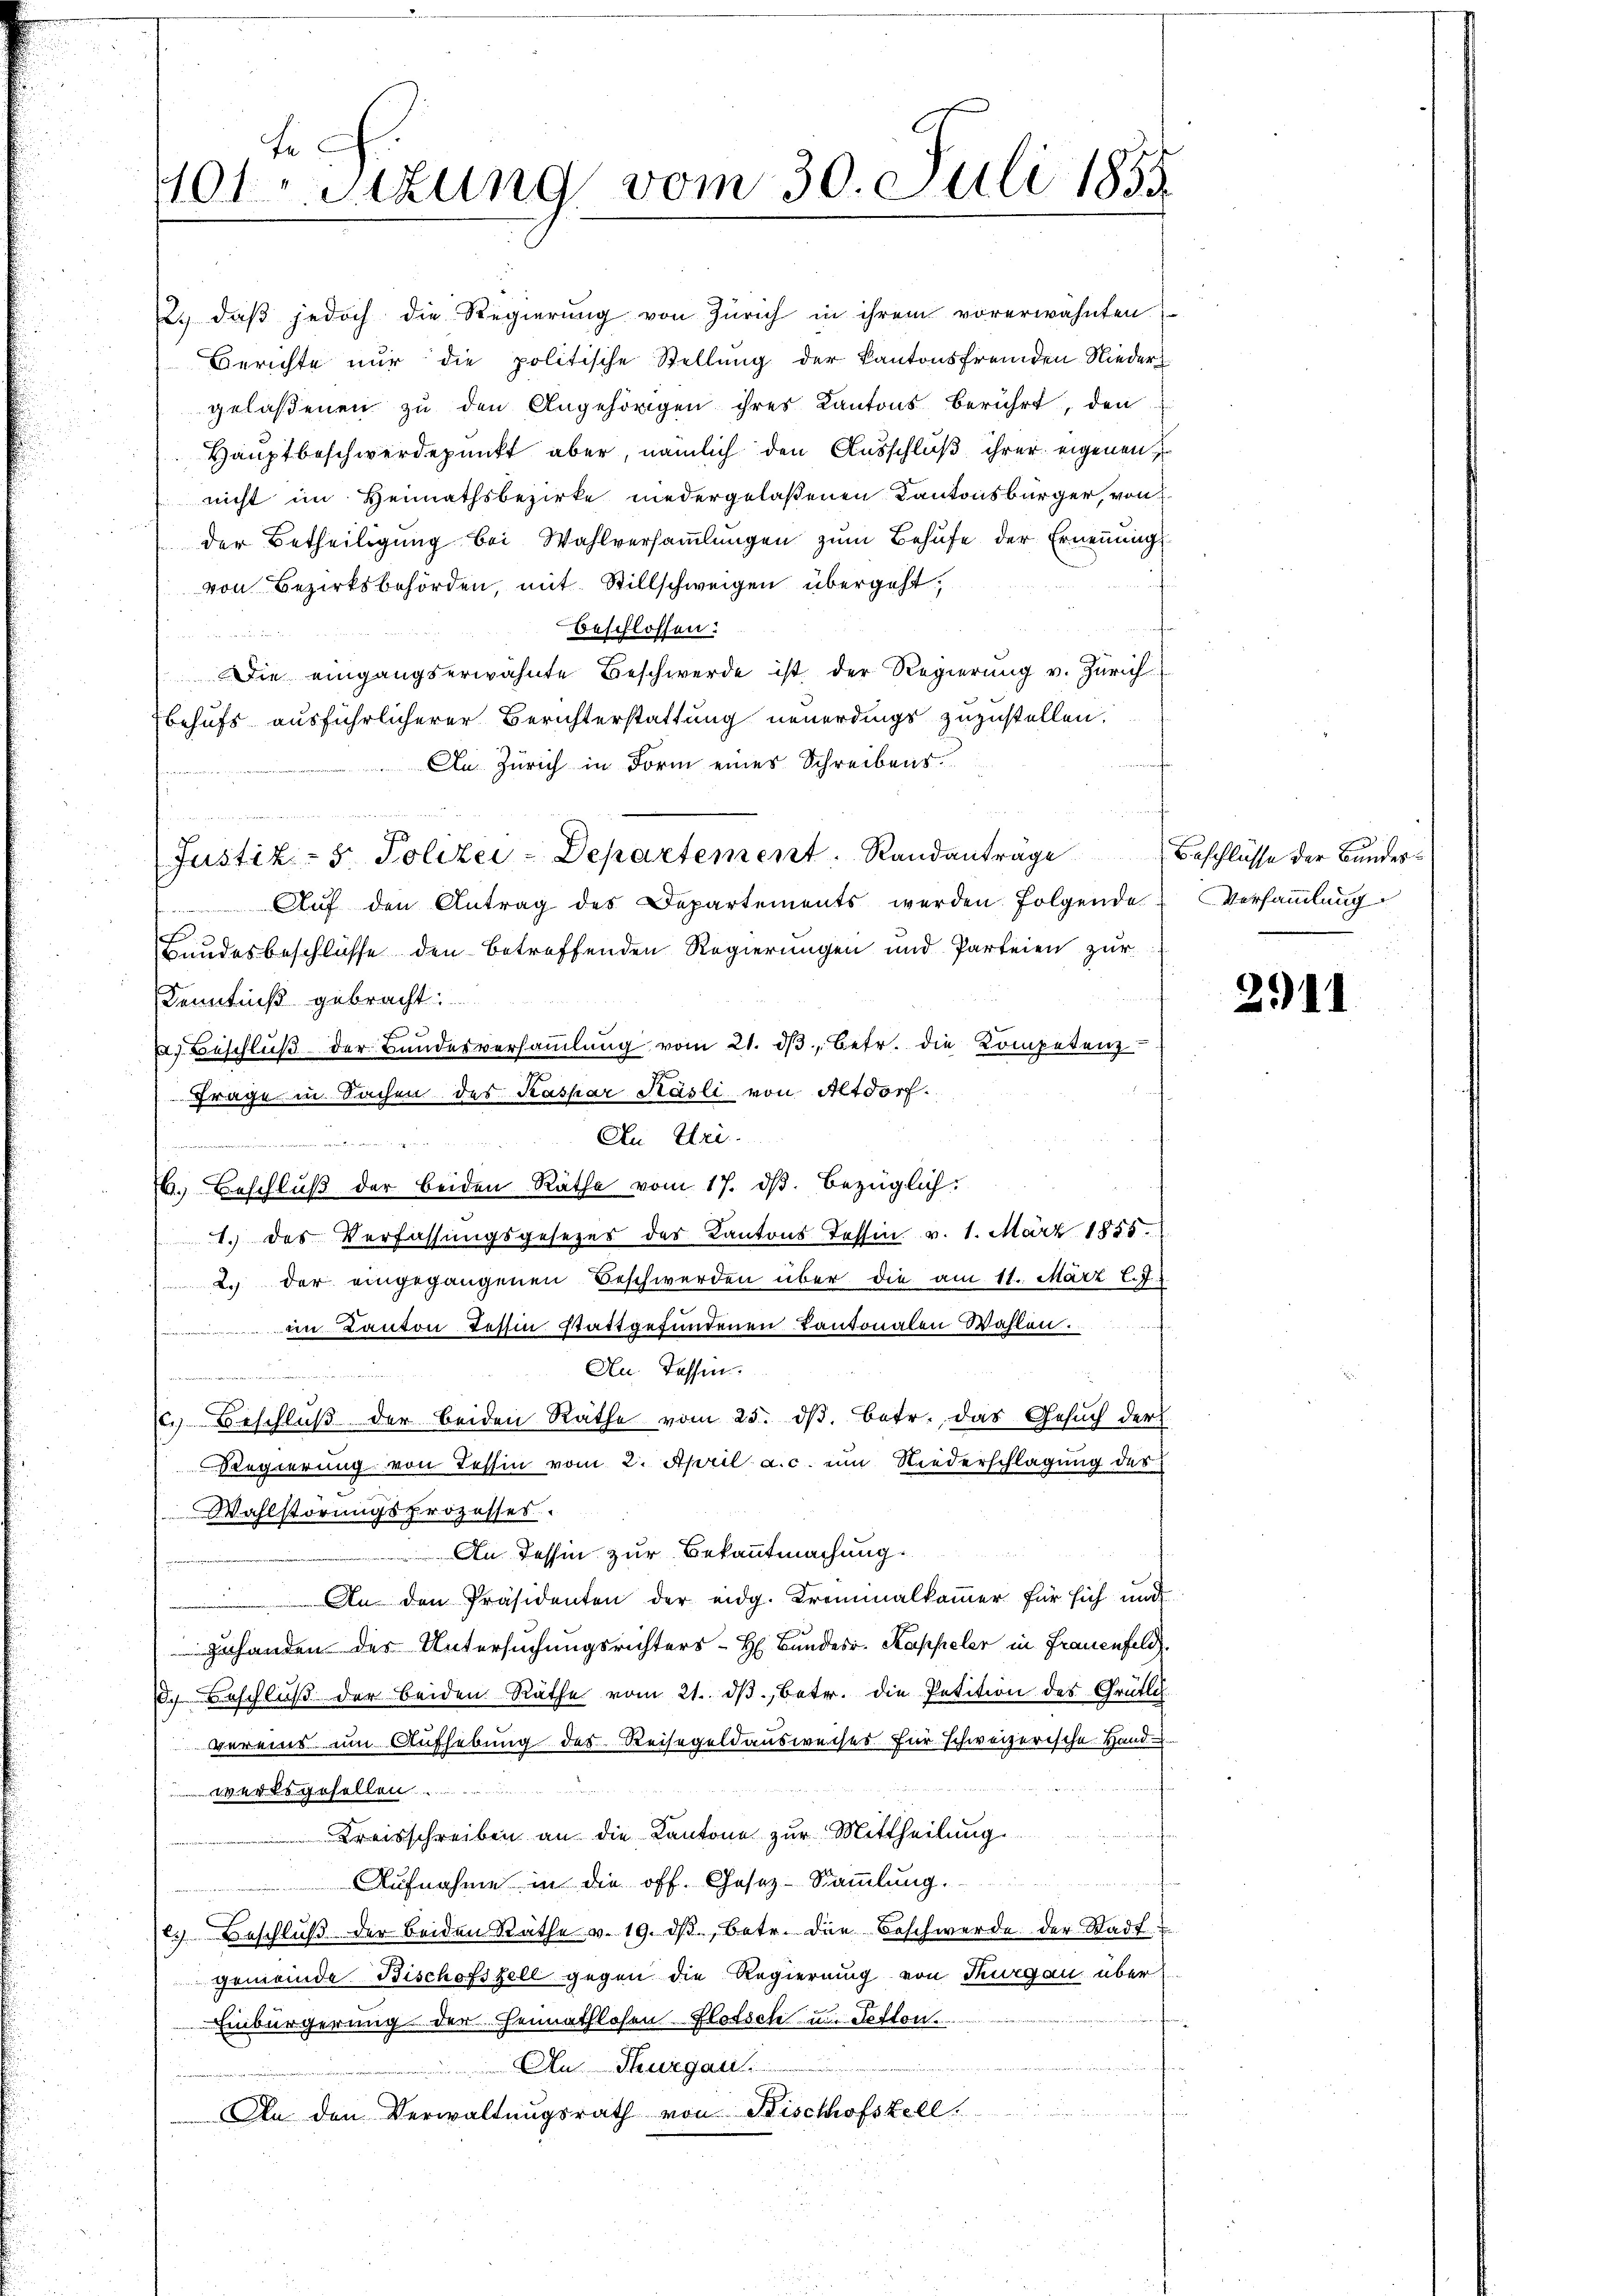
2. daβ jedoch die Regierŭng von Zürich in ihrem vorerwähnten
Berichte nur die politische Stellung der Kantonsfremden Nieder
gelaßenen zu den Angehörigen ihres Kantons berührt, den
Hauptbeschwerdepunkt aber, nämlich den Ausschluß ihrer eigenen
nicht im Heimathsbezirke niedergelaßenen Kantonsbürger, von
der Betheiligung bei Wahlversammlungen zum Behufe der Ernennung
von Bezirksbehörden, mit Stillschweigen übergeht,
beschlossen:
 den seinen der
Die eingangserwähnte Beschwerde ist der Regierung v. Zürich
behufs ausführlicherer Berichterstattung neuerdings zuzustellen.
An. Zürich in Form eines Schreibens¬
Justiz- & Polizei-Departement. Randanträge Beschlüsse der Bundes¬
Aŭf den Antrag des Departements werden. folgende
Bundesbeschlüsse den betreffenden Regierungen und Parteien zur
Kenntniß gebracht.
2. Beschlŭβ der Bŭndesversaṁlŭng vom 21. dβ betr. die Kompetenz
Frage in Sachen des Kaspar Käsli von Altdorf.
angangen einen Sei de
6. Beschluß der beiden Räthe vom 17. ds. bezüglich:
1. des Verfassungsgesetzes des Kantons Tessin v. 1. März 1855
2. der eingegangenen Beschwerden über die am 11. März l.J.
 Kanton Tessin stattgefundenen Kantonalen Wahlen.
An Tessin.
c. Beschluß der beiden Rathe vom 25. dβ. betr. das Gesuch der
Regierung von Tessin vom 2. April a.c. ein Niederschlagung des
Wahlstörungsprozesses.
An Tessin zur Bekanntmachung.
An den Präsidenten der eidg. Kreminalkommer für sich und
Zehanden des Untersuchungsrichters H. Bundesr. Kappeler in Frauenfeld
8. Beschlŭβ der beiden Räthe vom 21. dβ. betr. die Petition des Grütli
vereins um Aufhebung des Reisegeldausweises für schweizerische Hand
werksgesellen.
Kreisschreiben an die Kantone zur Mittheilung
Aufnahme in die off. Gesez-Sammlung.
c. Beschlŭβ der beiden Rathe v. 19. dβ, betr. die Beschwerde der Stadtgemeinde Bischofszell gegen die Regierung von Thurgau über
Einbürgerung der Heimathlosen Flotsch zum Tetton
Au Thurgau.
u
An den Verwaltungsrath von Bischhofstell

Fe
401 Sizung vom 30. Juli 1855

Versammlung

2911